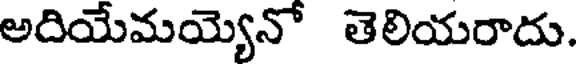
అదియేమయ్యెనో తెలియరాదు.